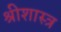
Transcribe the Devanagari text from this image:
श्रीशास्त्र